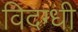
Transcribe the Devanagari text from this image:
विदग्धी